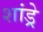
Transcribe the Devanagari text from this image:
शांड्रे